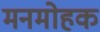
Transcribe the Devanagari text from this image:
मनमोहक